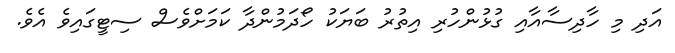
އަދި މި ހާދިސާއާއި ގުޅުންހުރި އިތުރު ބަޔަކު ހޯދަމުންދާ ކަމަށްވެސް ސިޓީގައިވެ އެވެ.